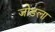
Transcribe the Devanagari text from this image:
जोड़ला